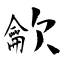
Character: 龡